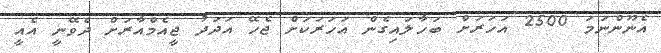
އެނޫންނަމަ 2500 އަހަރަށް ބަހާލައިގެން އަހަރަކަށް ޖެހޭ އަދަދު ޖީއެމްއާރަށް ދެވޭނީ އެއީ